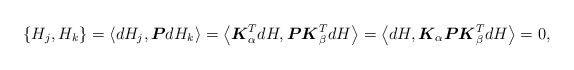
\begin{gather*}\{H_j, H_k\}=\langle dH_j,\boldsymbol{P} dH_k\rangle =\big\langle \boldsymbol{K}_{\alpha}^T dH,\boldsymbol{P} \boldsymbol{K}^T_{\beta} dH\big\rangle =\big\langle dH,\boldsymbol{K}_{\alpha} \boldsymbol{P} \boldsymbol{K}_{\beta}^T dH\big\rangle =0 ,\end{gather*}